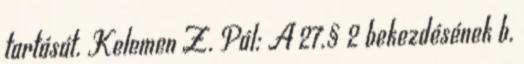
tartását. Kelemen Z. Pál: A 27.§ 2 bekezdésének b.